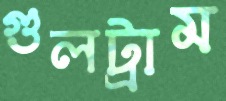
গুলট্রাম